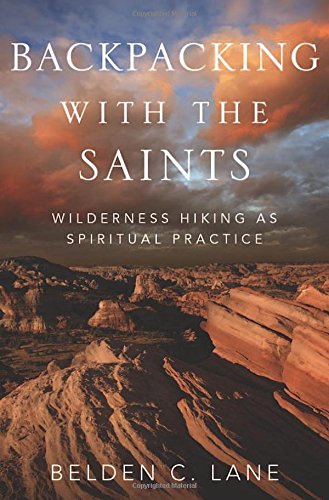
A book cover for Backpacking with the Saints: Wilderness Hiking as Spiritual Practice; Belden C. Lane; Religion & Spirituality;